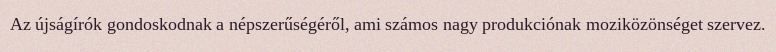
Az újságírók gondoskodnak a népszerűségéről, ami számos nagy produkciónak moziközönséget szervez.